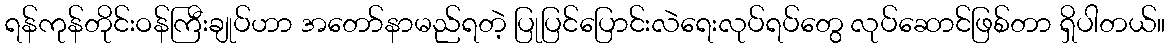
ရန်ကုန်တိုင်းဝန်ကြီးချုပ်ဟာ အတော်နာမည်ရတဲ့ ပြုပြင်ပြောင်းလဲရေးလုပ်ရပ်တွေ လုပ်ဆောင်ဖြစ်တာ ရှိပါတယ်။